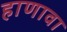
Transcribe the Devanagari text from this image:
हाणावा